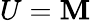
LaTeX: U=\mathbf{M}